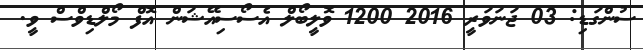
ސުންގަޑި: 03 ޖަނަވަރީ 2016 1200 ވޮލީބޯލް އެސޯސިއޭޝަން އޮފް މޯލްޑިވްސް ވީ.